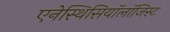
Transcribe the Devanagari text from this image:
एनेस्थिसियॉलॉजिस्ट